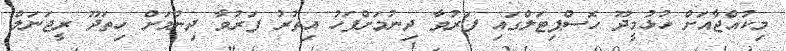
މިކުއްޖާއަށް ހުޅުމީދޫ ހޮސްޕިޓަލްގައި ފަރުވާ ދިނުމަށްފަހު އިތުރު ފަރުވާ ދިނުމަށް ހިތަދޫ ރީޖަނަލް